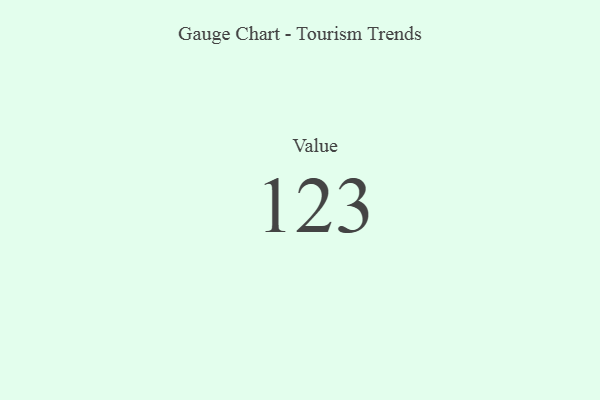
{"axis": {"x": "Metric", "y": "Value"}, "legend": [""], "data": [{"x": "Value", "y": 123, "type": ""}]}